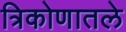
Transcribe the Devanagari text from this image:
त्रिकोणातले